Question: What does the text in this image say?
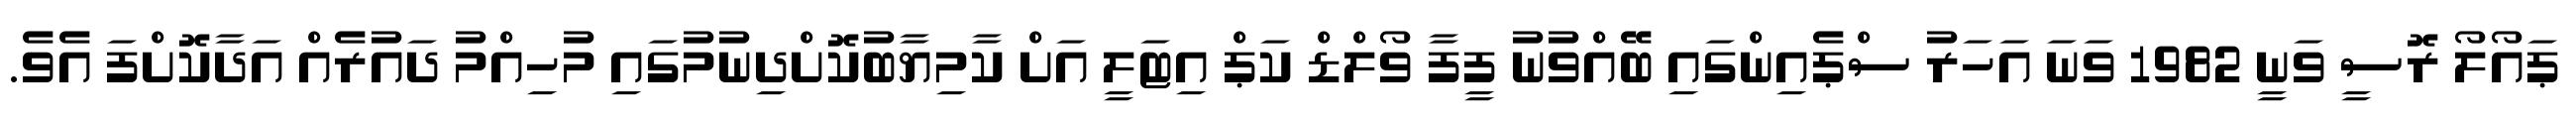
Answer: ޕައޯލޯ ރޮސީ ވަނީ 1982 ވަނަ އަހަރު ސްޕެއިންގައި ބޭއްވުނު ފީފާ ވޯލްޑް ކަޕް އިޓަލީ އަށް ކާމިޔާބުކޮށްދިނުމުގައި މުހިއްމު ދައުރެއް އަދާކޮށްފަ އެވެ.